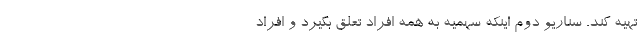
تهیه کند. سناریو دوم اینکه سهمیه به همه افراد تعلق بگیرد و افراد